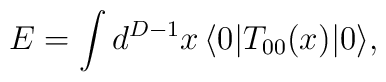
E=\int d^{D-1}x\,\langle 0|T_{00}(x)|0\rangle,